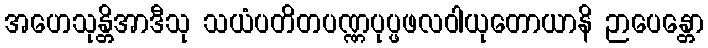
အဟေသုန္တိအာဒီသု သယံပတိတပဏ္ဏပုပ္ဖဖလဝါယုတောယာနိ ဉာပေန္တော